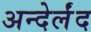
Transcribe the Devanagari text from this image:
अन्देर्लंद